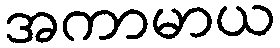
အကာမာယ